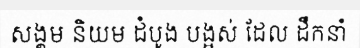
សង្គម និយម ដំបូង បង្អស់ ដែល ដឹកនាំ